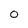
Character: 0